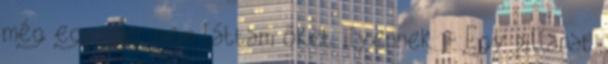
még egyszer sem láttam őket ilyennek. - Egy pillanat